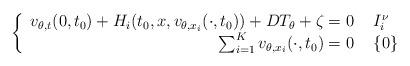
LaTeX: \begin{align*} \left\{\begin{array}{r l}v_{\theta,t}(0,t_{0}) + H_{i}(t_{0},x,v_{\theta,x_{i}}(\cdot,t_{0})) + D T_{\theta} + \zeta = 0 & \, \, I_{i}^{\nu} \\\sum_{i = 1}^{K} v_{\theta,x_{i}}(\cdot,t_{0}) = 0 & \, \, \{0\}\end{array}\right.\end{align*}